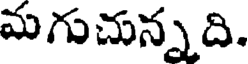
మగుచున్నది.